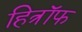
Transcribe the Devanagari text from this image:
हित्रॉफ